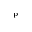
^ \mathrm { p }